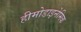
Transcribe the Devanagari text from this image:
हीमोडाइनेमिक